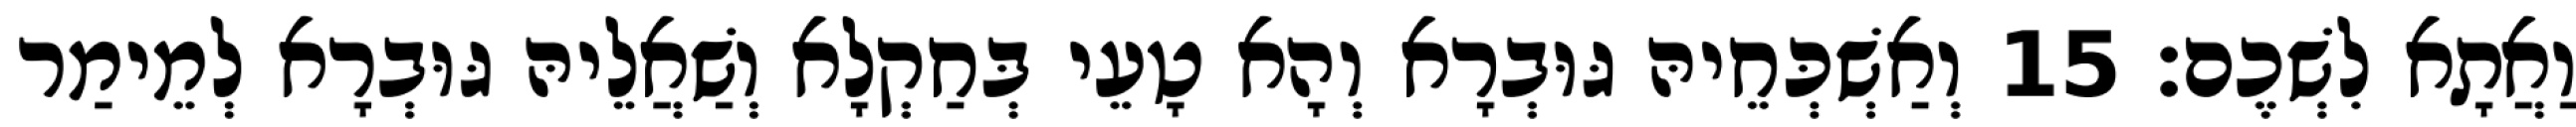
וַאֲתָא לִשְׁכֶם׃ 15 וְאַשְׁכְּחֵיהּ גּוּבְרָא וְהָא טָעֵי בְּחַקְלָא וְשַׁאֲלֵיהּ גּוּבְרָא לְמֵימַר